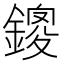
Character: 鎫